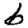
Digit: 6